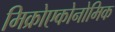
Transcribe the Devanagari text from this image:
मिक्रोएकोनोमिक